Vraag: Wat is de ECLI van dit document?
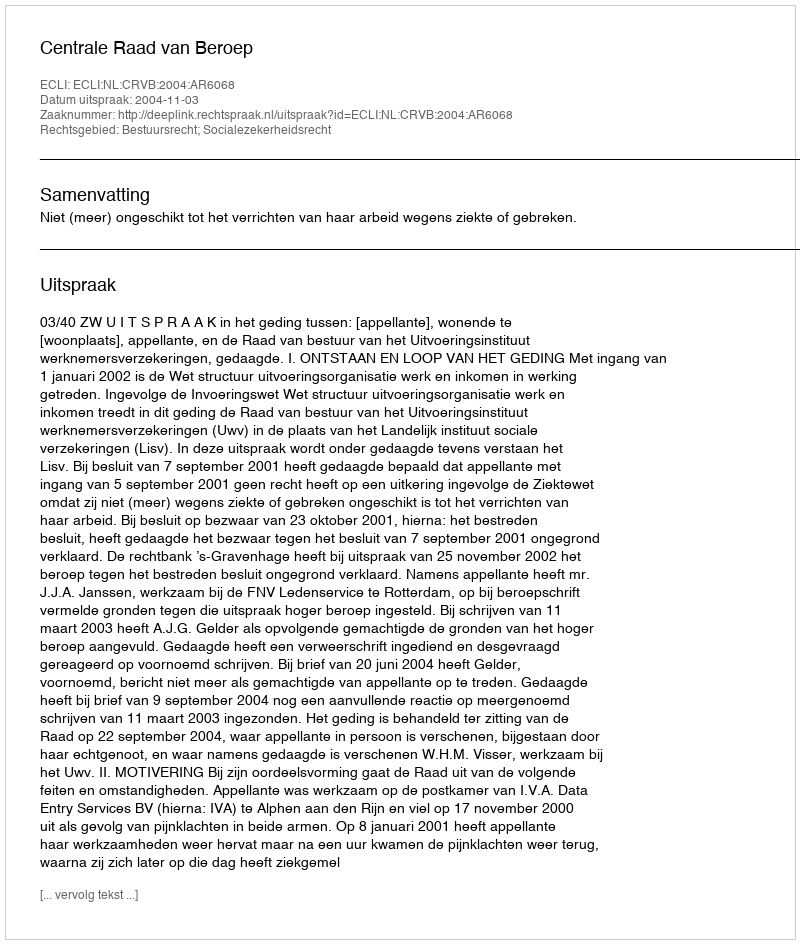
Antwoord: ECLI:NL:CRVB:2004:AR6068